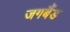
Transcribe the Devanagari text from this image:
जगबैंड